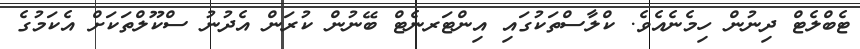
ޓެބްލެޓް ދިނުން ހިމެނެއެވެ. ކްލާސްތަކުގައި އިންޓަރނެޓް ބޭނުން ކުރަން އެދުނު ސްކޫލްތަކަށް އެކަމުގެ